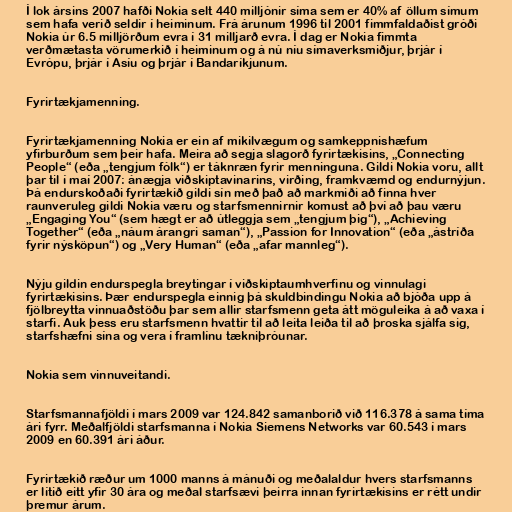
Í lok ársins 2007 hafði Nokia selt 440 milljónir síma sem er 40% af öllum símum
sem hafa verið seldir í heiminum. Frá árunum 1996 til 2001 fimmfaldaðist gróði
Nokia úr 6.5 milljörðum evra í 31 milljarð evra. Í dag er Nokia fimmta
verðmætasta vörumerkið í heiminum og á nú níu símaverksmiðjur, þrjár í
Evrópu, þrjár í Asíu og þrjár í Bandaríkjunum.

Fyrirtækjamenning.

Fyrirtækjamenning Nokia er ein af mikilvægum og samkeppnishæfum
yfirburðum sem þeir hafa. Meira að segja slagorð fyrirtækisins, „Connecting
People“ (eða „tengjum fólk“) er táknræn fyrir menninguna. Gildi Nokia voru, allt
þar til í maí 2007: ánægja viðskiptavinarins, virðing, framkvæmd og endurnýjun.
Þá endurskoðaði fyrirtækið gildi sín með það að markmiði að finna hver
raunveruleg gildi Nokia væru og starfsmennirnir komust að því að þau væru
„Engaging You“ (sem hægt er að útleggja sem „tengjum þig“), „Achieving
Together“ (eða „náum árangri saman“), „Passion for Innovation“ (eða „ástríða
fyrir nýsköpun“) og „Very Human“ (eða „afar mannleg“).

Nýju gildin endurspegla breytingar í viðskiptaumhverfinu og vinnulagi
fyrirtækisins. Þær endurspegla einnig þá skuldbindingu Nokia að bjóða upp á
fjölbreytta vinnuaðstöðu þar sem allir starfsmenn geta átt möguleika á að vaxa í
starfi. Auk þess eru starfsmenn hvattir til að leita leiða til að þroska sjálfa sig,
starfshæfni sína og vera í framlínu tækniþróunar.

Nokia sem vinnuveitandi.

Starfsmannafjöldi í mars 2009 var 124.842 samanborið við 116.378 á sama tíma
ári fyrr. Meðalfjöldi starfsmanna í Nokia Siemens Networks var 60.543 í mars
2009 en 60.391 ári áður.

Fyrirtækið ræður um 1000 manns á mánuði og meðalaldur hvers starfsmanns
er lítið eitt yfir 30 ára og meðal starfsævi þeirra innan fyrirtækisins er rétt undir
þremur árum.